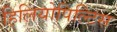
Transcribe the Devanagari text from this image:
हिलियोपिल्टिस